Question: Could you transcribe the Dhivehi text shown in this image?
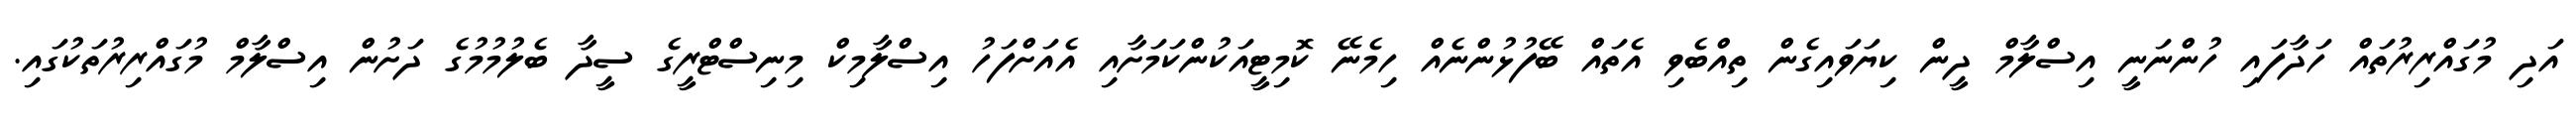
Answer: އަދި މުގައްރިރުތައް ހަދާފައި ހުންނަނީ އިސްލާމް ދީން ކިޔަވައިގެން ތިއްބެވި އެތައް ބޭފުޅުންނެއް ހިމެނޭ ކޮމިޓީއަކުންކަމަށާއި އެއަށްފަހު އިސްލާމިކް މިނިސްޓްރީގެ ސީދާ ބެލުމުމުގެ ދަށުން އިސްލާމް މުގައްރިރުތަކުގައި.